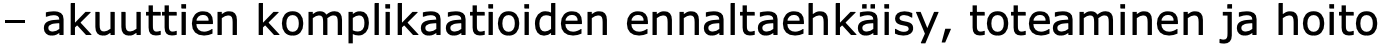
– akuuttien komplikaatioiden ennaltaehkäisy, toteaminen ja hoito